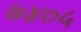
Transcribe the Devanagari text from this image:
७४०५